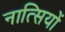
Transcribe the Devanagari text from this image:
नात्सियों